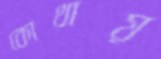
কোথায়